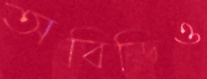
অবিডিও